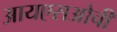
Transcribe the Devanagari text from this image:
आयएसओची